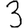
Digit: 3